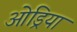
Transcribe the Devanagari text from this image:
ओड्रिया